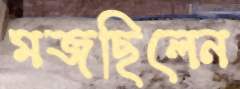
মজছিলেন